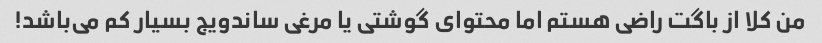
من کلا از باگت راضی هستم اما محتوای گوشتی یا مرغی ساندویج بسیار کم می‌باشد!